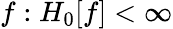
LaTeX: f:H_{0}[f]<\infty